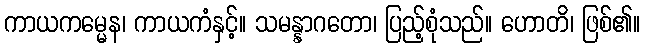
ကာယကမ္မေန၊ ကာယကံနှင့်။ သမန္နာဂတော၊ ပြည့်စုံသည်။ ဟောတိ၊ ဖြစ်၏။